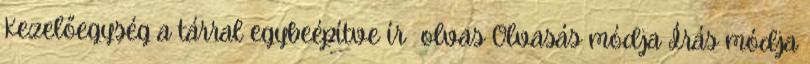
Kezelőegység a tárral egybeépítve ír olvas Olvasás módja Írás módja